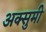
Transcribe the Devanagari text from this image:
अक्सुमी